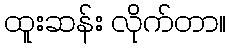
ထူးဆန်း လိုက်တာ။